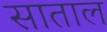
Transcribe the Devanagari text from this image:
साताल